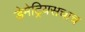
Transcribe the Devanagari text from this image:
डेमेट्रियसचाच